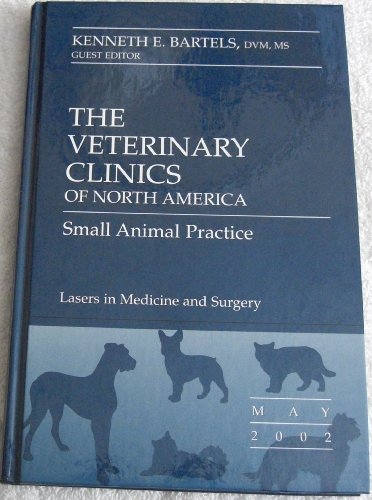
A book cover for THE VETERINARY CLINICS OF NORTH AMERICA SMALL ANIMAL PRACTICE LASERS IN MEDICINE AND SURGERY; K.E.;Guest Ed. Bartels; Medical Books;